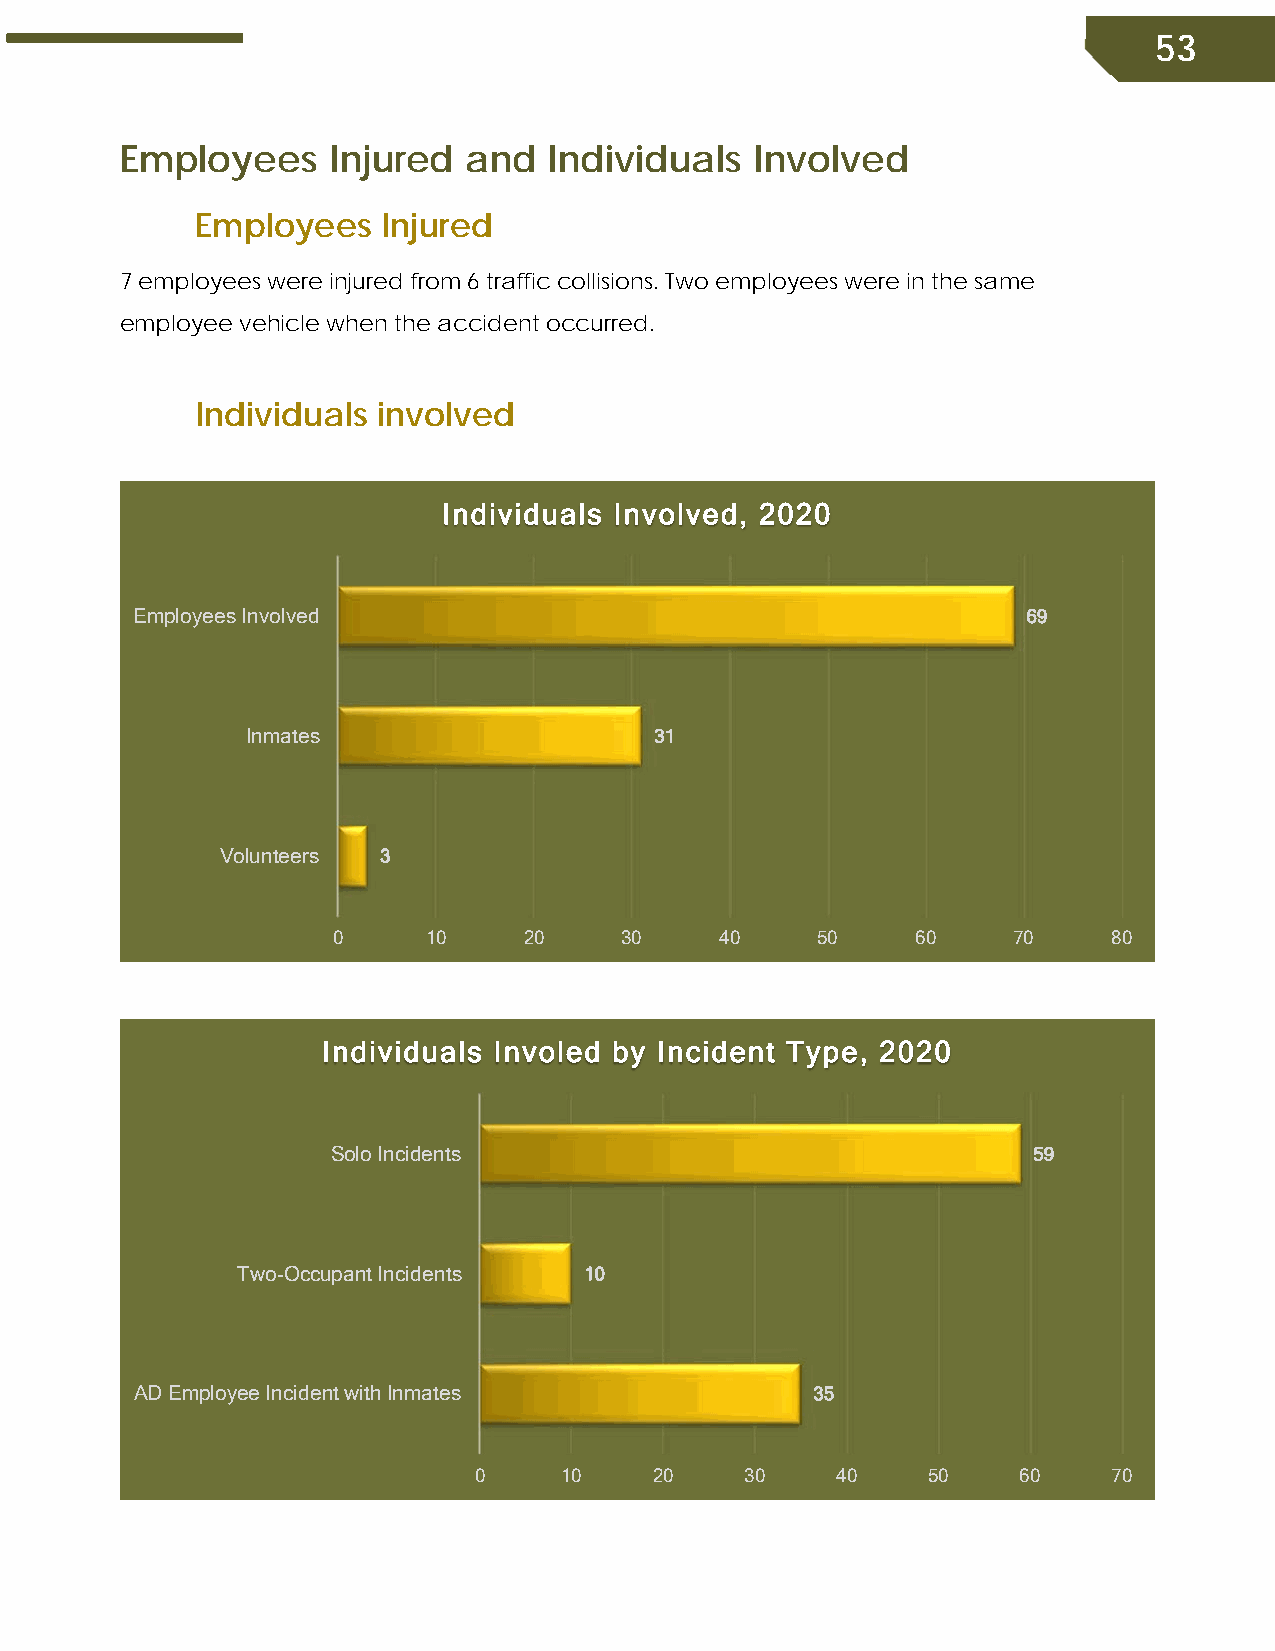
53
 Employees     Injured  and  Individuals   Involved
 Employees   Injured
 7 employees were injured from 6 traffic collisions. Two employees were in the same
 employee vehicle when the accident occurred.
 Individuals involved
 Individuals Involved, 2020
 Employees Involved                                         69
 Inmates                    31
 Volunteers 3
 0     10     20    30     40    50     60    70     80
 Individuals Involed by Incident Type, 2020
 Solo Incidents                                59
 Two-Occupant Incidents 10
 AD Employee Incident with Inmates            35
 0     10    20    30    40    50    60     70